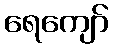
ရေကျော်